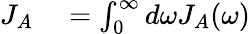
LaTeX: \begin{array}{rl}{J_{A}}&{{}=\int_{0}^{\infty}d\omega J_{A}(\omega)}\end{array}